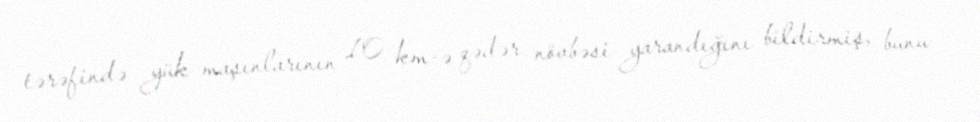
tərəfində yük maşınlarının 10 km-ə qədər növbəsi yarandığını bildirmiş, bunu